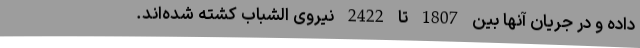
داده و در جریان آنها بین 1807 تا 2422 نیروی الشباب کشته شده‌اند.